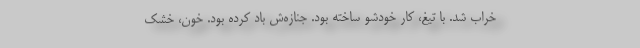
خراب شد. با تیغ، کار خودشو ساخته بود. جنازه‌ش باد کرده بود. خون، خشک